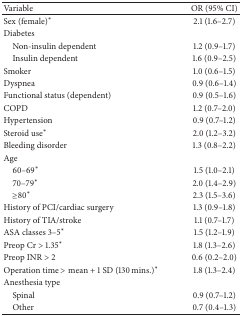
| Variable | OR (95% CI) |
 | --- | --- |
 | Sex (female)∗ | 2.1 (1.6–2.7) |
 | Diabetes |  |
 | Non-insulin dependent | 1.2 (0.9–1.7) |
 | Insulin dependent | 1.6 (0.9–2.5) |
 | Smoker | 1.0 (0.6–1.5) |
 | Dyspnea | 0.9 (0.6–1.4) |
 | Functional status (dependent) | 0.9 (0.5–1.6) |
 | COPD | 1.2 (0.7–2.0) |
 | Hypertension | 0.9 (0.7–1.2) |
 | Steroid use∗ | 2.0 (1.2–3.2) |
 | Bleeding disorder | 1.3 (0.8–2.2) |
 | Age |  |
 | 60–69∗ | 1.5 (1.0–2.1) |
 | 70–79∗ | 2.0 (1.4–2.9) |
 | ≥80∗ | 2.3 (1.5–3.6) |
 | History of PCI/cardiac surgery | 1.3 (0.9–1.8) |
 | History of TIA/stroke | 1.1 (0.7–1.7) |
 | ASA classes 3–5∗ | 1.5 (1.2–1.9) |
 | Preop Cr > 1.35∗ | 1.8 (1.3–2.6) |
 | Preop INR > 2 | 0.6 (0.2–2.0) |
 | Operation time > mean + 1 SD (130 mins.)∗ | 1.8 (1.3–2.4) |
 | Anesthesia type |  |
 | Spinal | 0.9 (0.7–1.2) |
 | Other | 0.7 (0.4–1.3) |